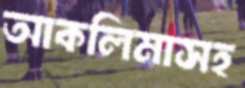
আকলিমাসহ